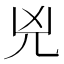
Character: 兇